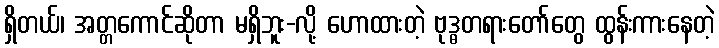
ရှိတယ်၊ အတ္တကောင်ဆိုတာ မရှိဘူး-လို့ ဟောထားတဲ့ ဗုဒ္ဓတရားတော်တွေ ထွန်းကားနေတဲ့